Kambja_algkool, lk 71
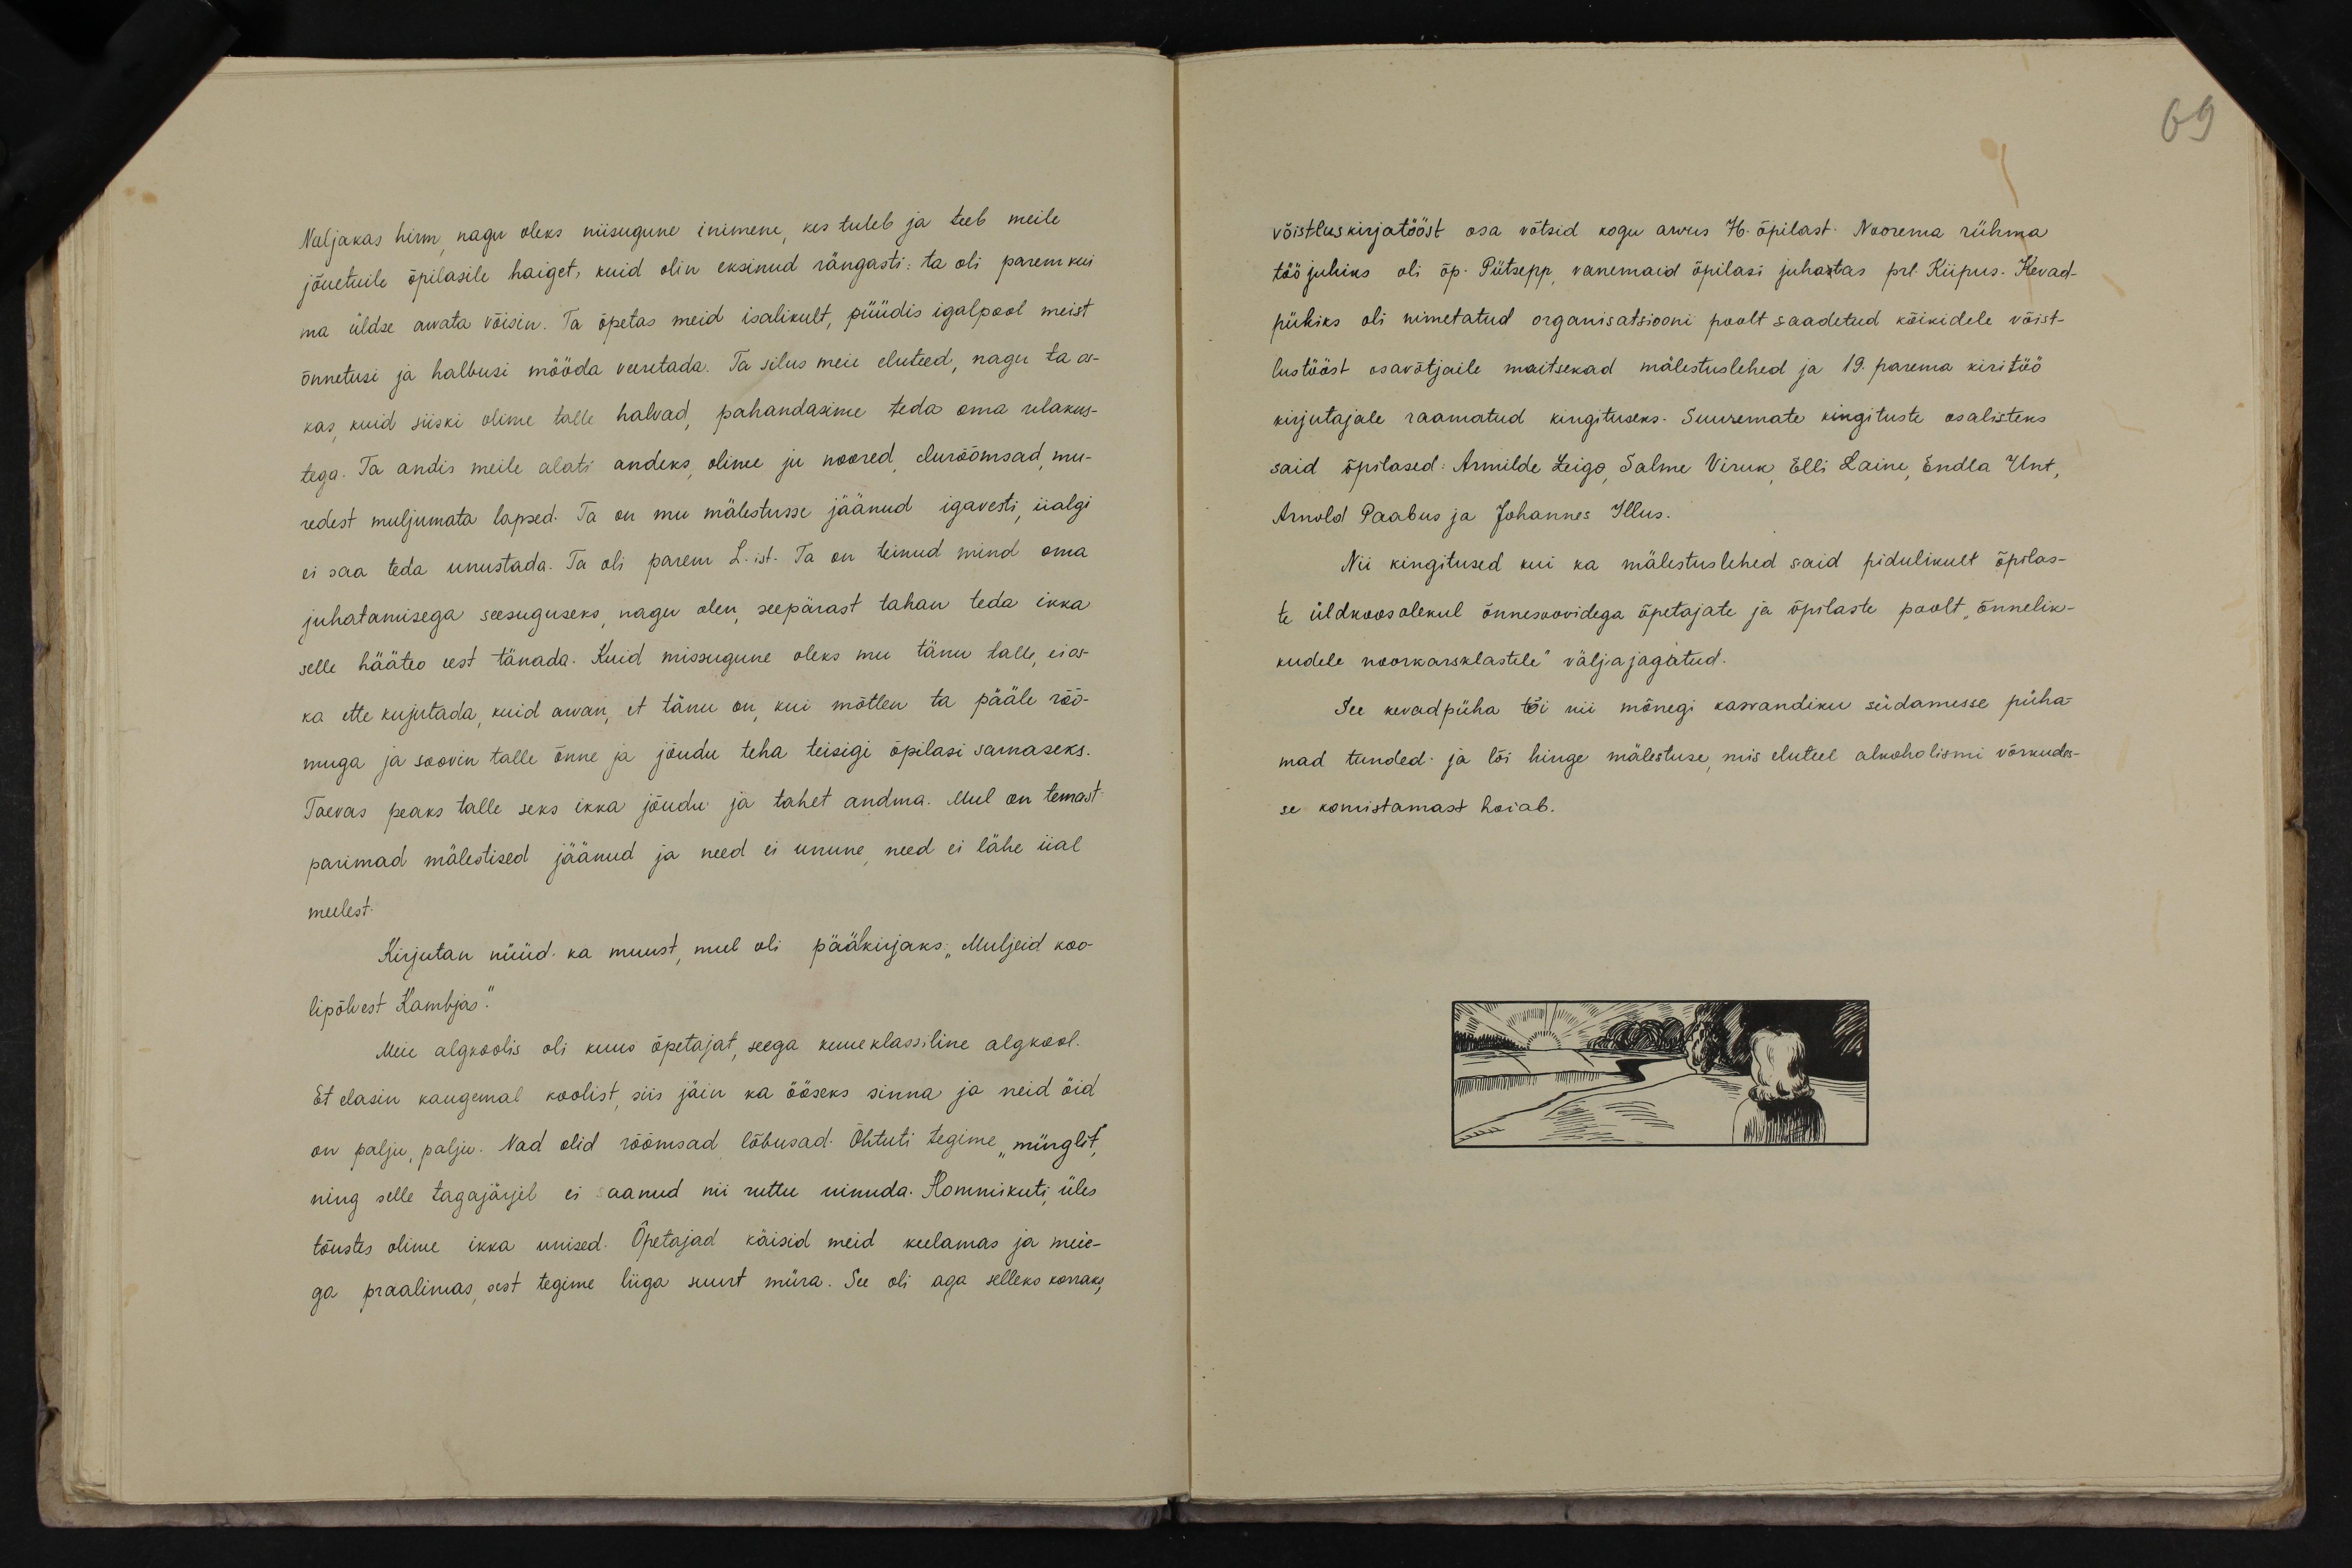
69

Naljakas hirm, nagu oleks niisugune inimene, kes tuleb ja teeb meile
jõuetuile õpilasile haiget, kuid olin eksinud rängasti: ta oli parem kui
na üldse arvata võisin. Ta õpetas meid isalikult, püüdis igalpool meist
õnnetusi ja halbusi mööda veeretada. Ta silus meie eluteed, nagu ta os-
kas, kuid siiski olime talle halvad, pahandasime teda oma ulakus-
tega. Ta andis meile alati andeks, olime ju noored, elurõõmsad, mu-
redest muljumata lapsed. Ta on mu mälestusse jäänud igavesti, iialgi
ei saa teda unustada. Ta oli parem L-ist. Ta on teinud mind oma
juhatamisega seesuguseks, nagu olen, seepärast tahan teda ikka
selle hääteo eest tänada. Kuid missugune oleks mu tänu talle, ei os-
ka ette kujutada, kuid arvan, et tänu on, kui mõtlen ta pääle rõõ-
muga ja soovin talle õnne ja jõudu teha teisigi õpilasi sarnaseks.
Taevas peaks talle seks ikka jõudu ja tahet andma. Mul on temast
parimad mälestised jäänud ja need ei unune, need ei lähe iial
meelest.
Kirjutan nüüd ka muust, mul oli päälkirjaks: "Muljeid koo-
lipõlvest Kambjas.“
Meie algkoolis oli kuus õpetajat, seega kuueklassiline algkool.
Et elasin kaugemal koolist, siis jäin ka ööseks sinna ja neid öid
on palju, palju. Nad olid rõõmsad lõbusad. Õhtuti tegime "mürglit,"
ning selle tagajärjel ei saanud nii ruttu uinuda. Hommikuti, üles
tõustes olime ikka unised. Õpetajad käisid meid keelamas ja meie-
ga praalimas, sest tegime liiga suurt müra. See oli aga selleks korraks,

võistluskirjatööst osa võtsid kogu arvus 76. õpilast. Noorema rühma
töö juhiks oli õp. Pütsepp, vanemaid õpilasi juhastas prl. Kiipus. Kevad-
pühiks oli nimetatud organisatsiooni poolt saadetud kõikidele võist-
lustööst osavõtjaile maitsekad mälestuslehed ja 19. parema kiritöö
kirjutajale raamatud kingituseks. Suuremate kingituste osalisteks
said õpilased: Armilde Leigo, Salme Viruk, Elli Laine, Endla Unt,
Arnold Paabus ja Johannes Illus.
Nii kingitused kui ka mälestuslehed said pidulikult õpilas-
te üldkoosolekul õnnesoovidega õpetajate ja õpilaste poolt "õnnelik-
kudele noorkarsklastele" väljajagatud.
See kevadpüha tõi nii mõnegi kasvandiku südamesse püha
mad tunded ja lõi hinge mälestuse, mis eluteel alkoholismi võrkudes-
se komistamast hoiab.